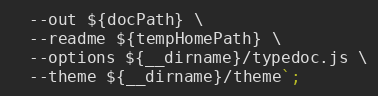
Language: JavaScript
  --out ${docPath} \
  --readme ${tempHomePath} \
  --options ${__dirname}/typedoc.js \
  --theme ${__dirname}/theme`;